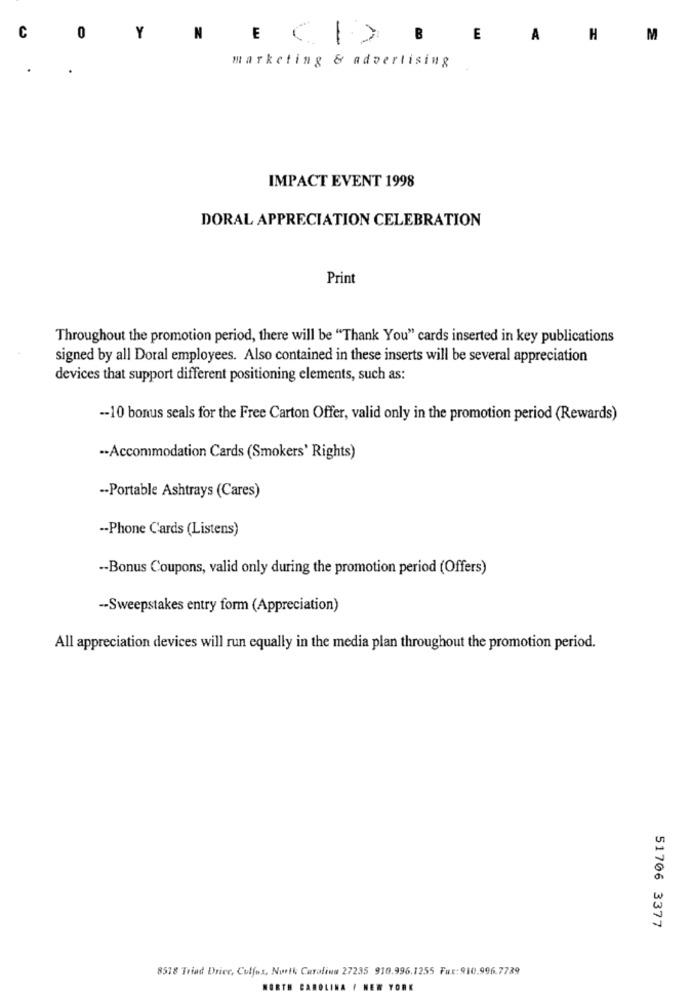
C
0
Y
N
E
A
H
M
marketing & advertising
- -
IMPACT EVENT 1998
DORAL APPRECIATION CELEBRATION
Print
Throughout the promotion period, there will be "Thank You" cards inserted in key publications
signed by all Doral employees. Also contained in these inserts will be several appreciation
devices that support different positioning elements, such as:
-- 10 bonus seals for the Free Carton Offer, valid only in the promotion period (Rewards)
-- Accommodation Cards (Smokers' Rights)
-- Portable Ashtrays (Cares)
-- Phone Cards (Listens)
-- Bonus Coupons, valid only during the promotion period (Offers)
-- Sweepstakes entry form (Appreciation)
All appreciation devices will run equally in the media plan throughout the promotion period.
51706 3377
8518 Triad Driee, Culfos, North Carolina 27235 910.996.1255 Fux:910.996.7739
NORTH CAROLINA / NEW YORK